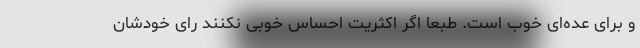
و برای عده‌ای خوب است. طبعا اگر اکثریت احساس خوبی نکنند رای خودشان